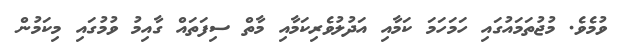
ވުމެވެ. މުޖުތަމައުގައި ހަމަހަމަ ކަމާއި އަދުލުވެރިކަމާއި މާތް ސިފަތައް ގާއިމު ވުމުގައި މިކަމުން